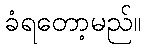
ခံရတော့မည်။